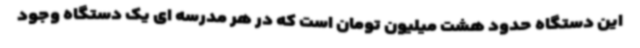
این دستگاه حدود هشت میلیون تومان است که در هر مدرسه ای یک دستگاه وجود